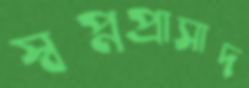
স্বপ্নপ্রাসাদ